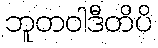
ဘူတဝါဒီတိပိ